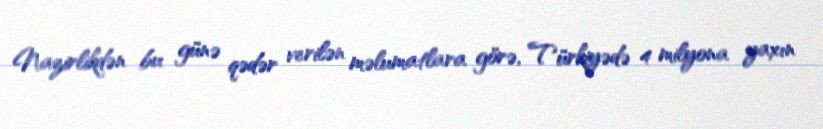
Nazirlikdən bu günə qədər verilən məlumatlara görə, Türkiyədə 4 milyona yaxın